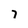
Character: 7